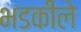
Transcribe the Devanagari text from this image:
भडकीले